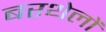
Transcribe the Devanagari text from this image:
बरथेलों